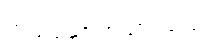
တည်ဆောက်ထားသည့်